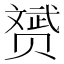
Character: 赟